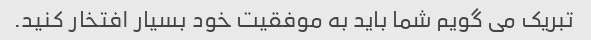
تبریک می گویم شما باید به موفقیت خود بسیار افتخار کنید.